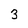
Character: 3